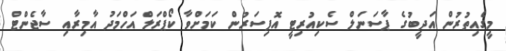
މީގެއިތުރުން އަދީބުގެ ޕާސަނަލް ސެކިއުރިޓީ އޮފިސަރުން ކަމަށްވާ ކޯޕްރަލް އަހްމަދު އާމިރާއި ސާޖެންޓް